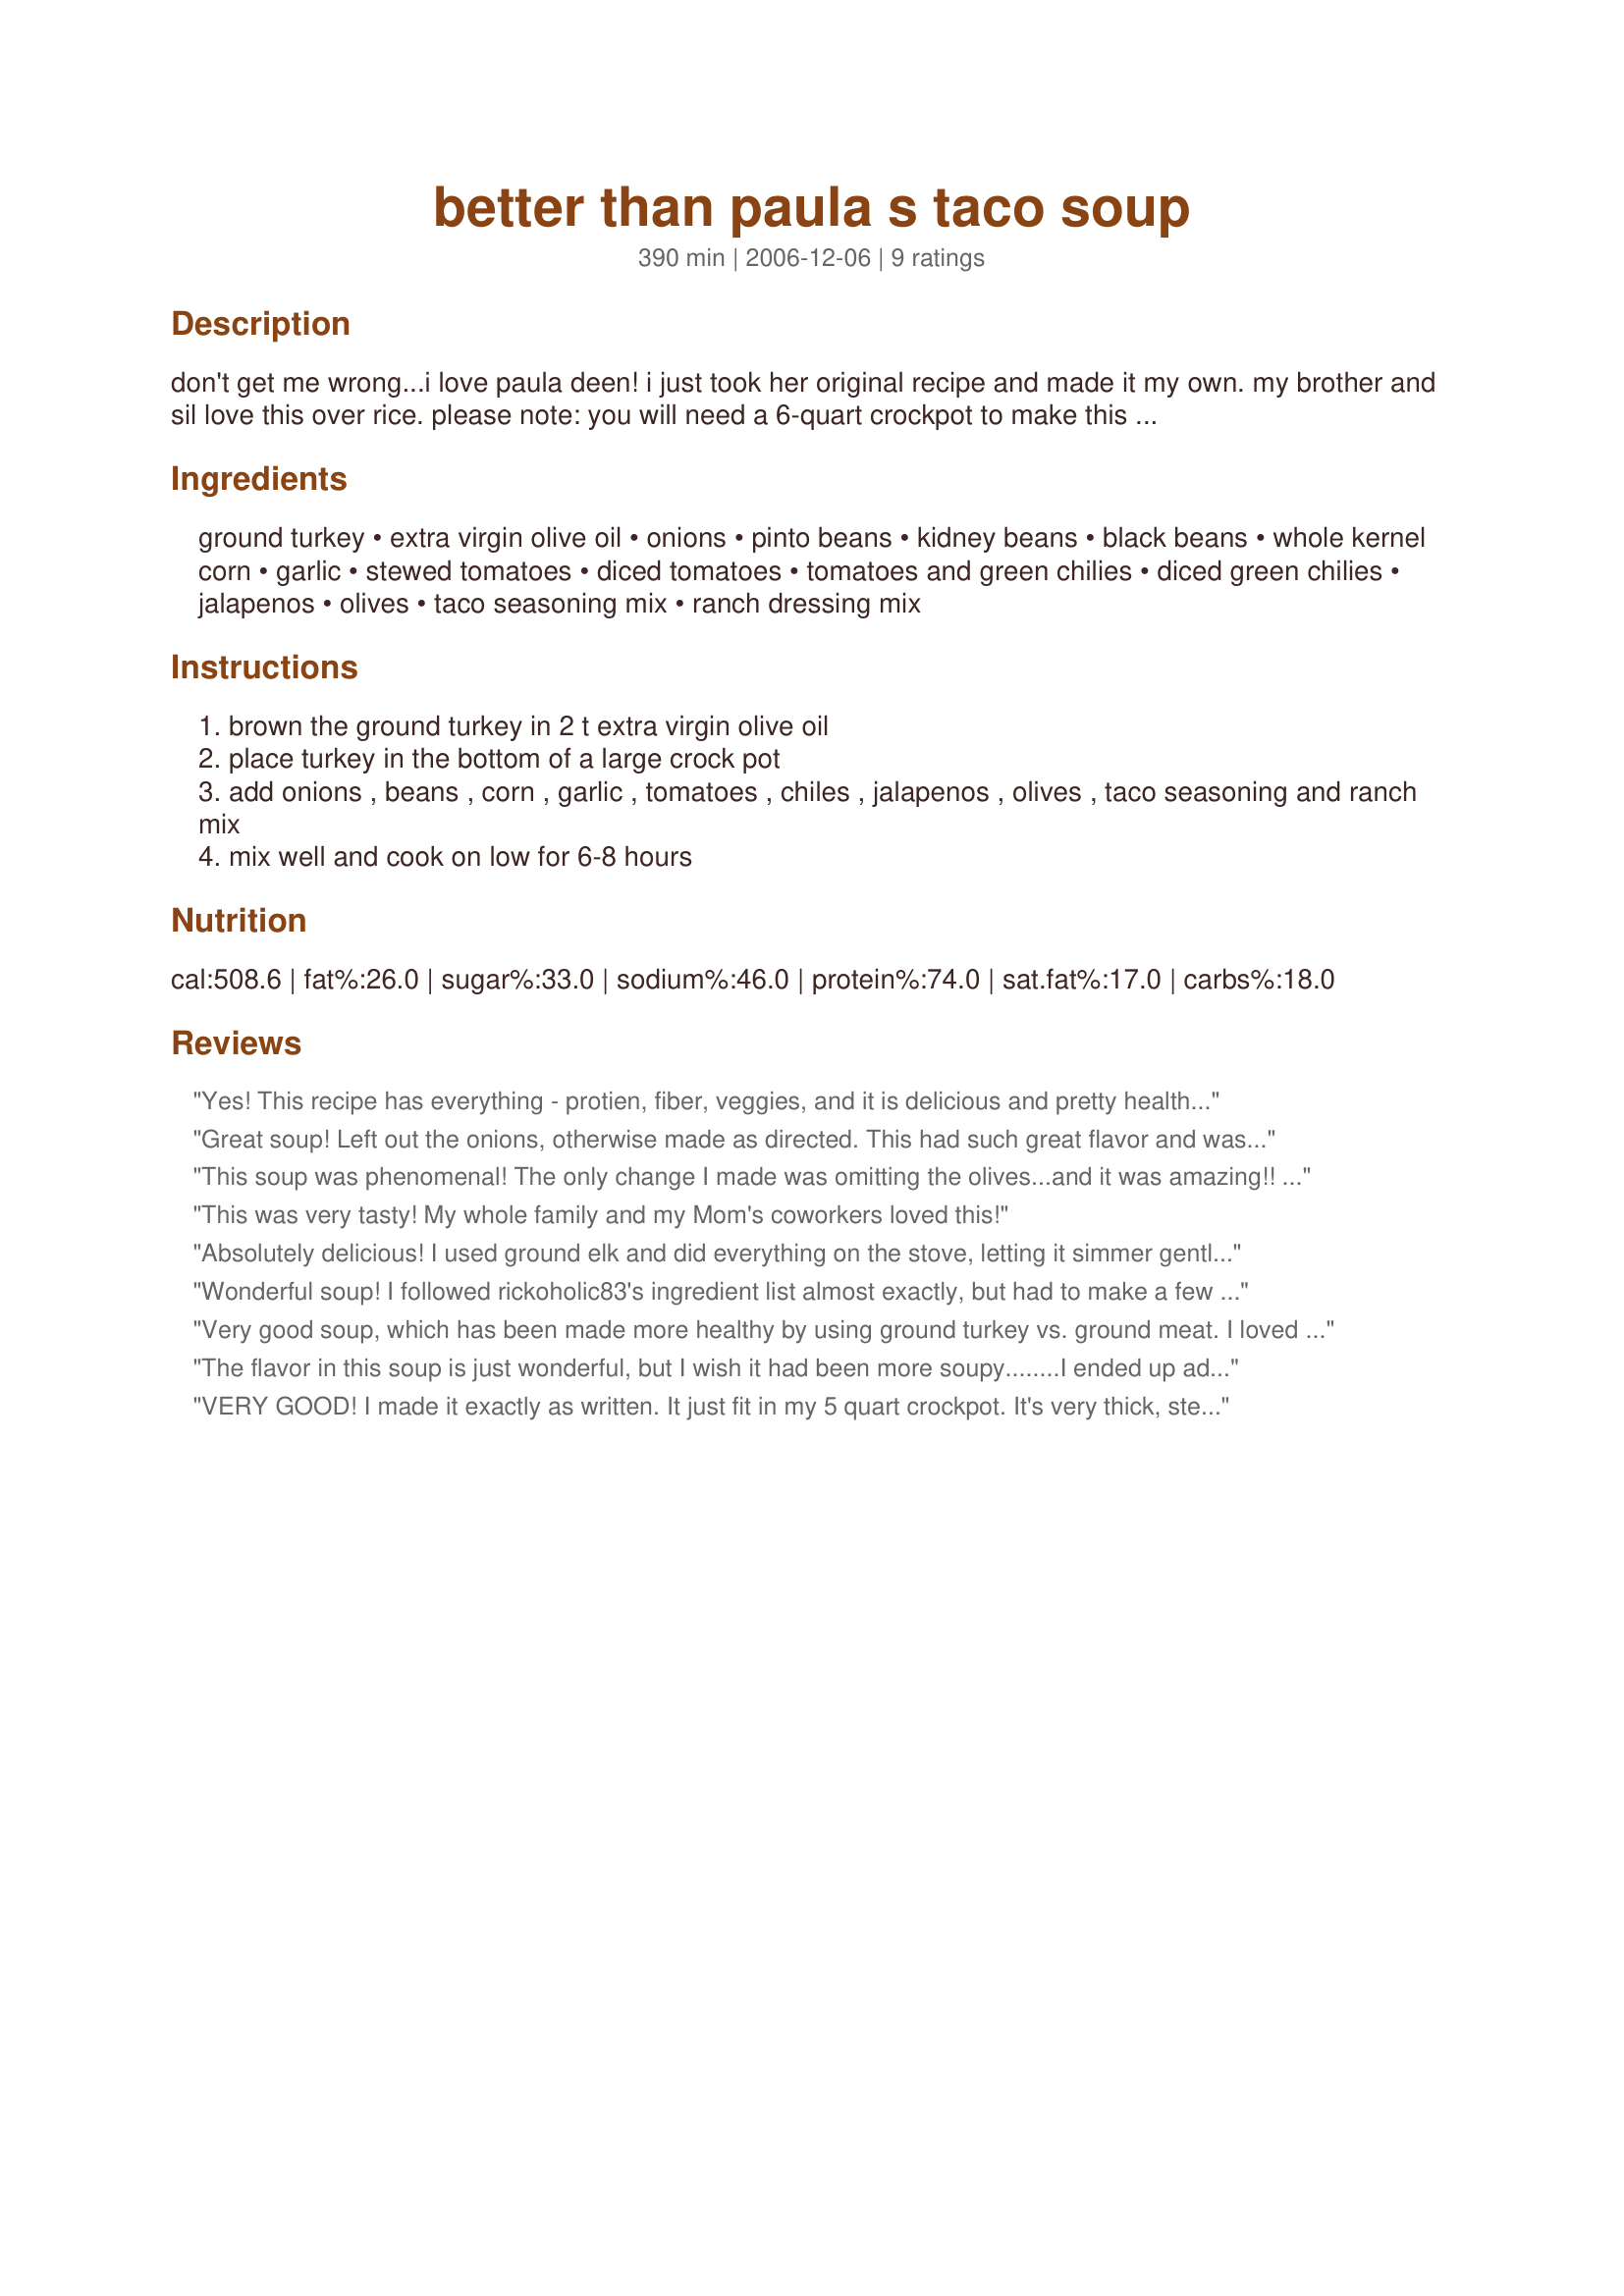
better than paula s taco soup
Preparation time: 390 minutes

don't get me wrong...i love paula deen! i just took her original recipe and made it my own. my brother and sil love this over rice.

please note: you will need a 6-quart crockpot to make this recipe as posted. it makes a lot of soup but it freezes very well.

Ingredients:
ground turkey, extra virgin olive oil, onions, pinto beans, kidney beans, black beans, whole kernel corn, garlic, stewed tomatoes, diced tomatoes, tomatoes and green chilies, diced green chilies, jalapenos, olives, taco seasoning mix, ranch dressing mix

Steps:
brown the ground turkey in 2 t extra virgin olive oil
place turkey in the bottom of a large crock pot
add onions , beans , corn , garlic , tomatoes , chiles , jalapenos , olives , taco seasoning and ranch mix
mix well and cook on low for 6-8 hours

Reviews:
Yes! This recipe has everything - protien, fiber, veggies, and it is delicious and pretty healthy. I like the recipe also because it uses ground turkey and the crockot. I added 1 1/2 cups water so it would not burn.
Great soup! Left out the onions, otherwise made as directed. This had such great flavor and was just spicy enough. Thanks for sharing your recipe!
This soup was phenomenal! The only change I made was omitting the olives...and it was amazing!! Everyone went back for seconds!!
This was very tasty! My whole family and my Mom's coworkers loved this!
Absolutely delicious! I used ground elk and did everything on the stove, letting it simmer gently for about 4 hours. I cut the recipe in half, using 2 cans of beans, half a can of corn etc... I also added about 1/2 a cup of beef broth to thin it out just a tad. This soup is fantastic and I will most definitely be making again. Thanks!
Wonderful soup! I followed rickoholic83's ingredient list almost exactly, but had to make a few alterations because I did not have all the ingredients on hand. I used a large can of black beans (no kidney beans available), I used 4 fresh jalapeÃ±os chopped and cooked them along with browning the turkey, used 1 can of black olives and 1/2 cup of green, 2 cans of green chilies, 1 pkg of taco seasoning and 1 pkg of ranch dressing mix. The flavor is awesome and great served over rice as per rickoholic's suggestion! This recipe makes a lot of soup! Thanks so much, Rickoholi83!
Very good soup, which has been made more healthy by using ground turkey vs. ground meat. I loved being able to "dump" the ingredients into the crockpot and forget about it for 6 hours. This recipe provides a thick, hearty soup.
The flavor in this soup is just wonderful, but I wish it had been more soupy........I ended up adding some tomato sauce to give me more juice and added an extra taco seasoning package and ranch dressing package to compensate for the flavor. I also added an additional can of Rotel to spice it up some. I simmered this on the stove for about 5 hours instead of using the crockpot. Made for lunches at work and for DH at home and will also share with my DD's fmaily tomorrow night. Makes a ton, especially with the additions I made. I'll make this one again. Thanks for sharing. Made for Cookbook Tag game.
VERY GOOD! I made it exactly as written. It just fit in my 5 quart crockpot. It's very thick, stew-like which is exactly how I like it! I garnished it with cheddar and sour cream. Thanks!
